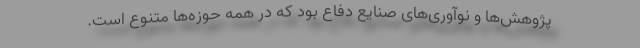
پژوهش‌ها و نوآوری‌های صنایع دفاع بود که در همه حوزه‌ها متنوع است.